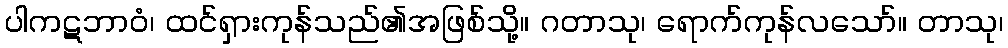
ပါကဋဘာဝံ၊ ထင်ရှားကုန်သည်၏အဖြစ်သို့။ ဂတာသု၊ ရောက်ကုန်လသော်။ တာသု၊